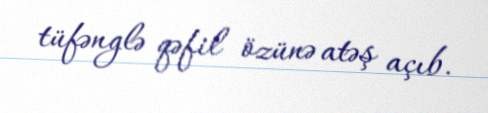
tüfənglə qəfil özünə atəş açıb.